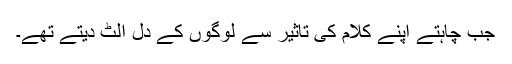
جب چاہتے اپنے کلام کی تاثیر سے لوگوں کے دل الٹ دیتے تھے۔